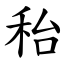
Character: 秮